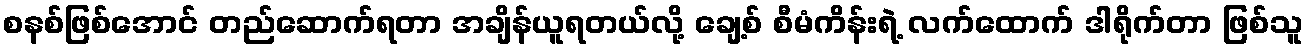
စနစ်ဖြစ်အောင် တည်ဆောက်ရတာ အချိန်ယူရတယ်လို့ ချေ့စ် စီမံကိန်းရဲ့ လက်ထောက် ဒါရိုက်တာ ဖြစ်သူ